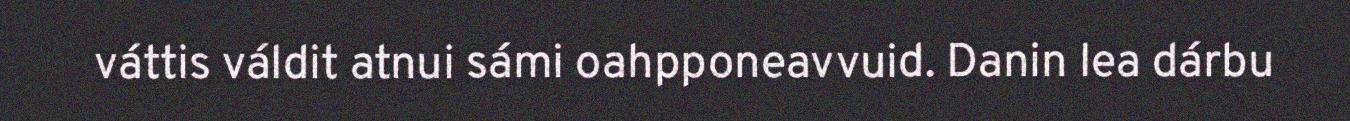
váttis váldit atnui sámi oahpponeavvuid. Danin lea dárbu